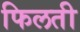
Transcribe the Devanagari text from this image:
फिलती